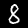
Digit: 8